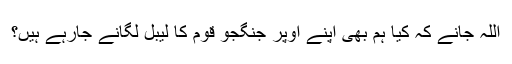
اللہ جانے کہ کیا ہم بھی اپنے اوپر جنگجو قوم کا لیبل لگانے جارہے ہیں؟